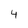
Character: 4